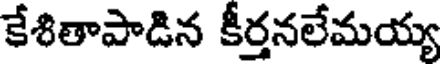
కేశితాపాడిన కీర్తనలేమయ్య